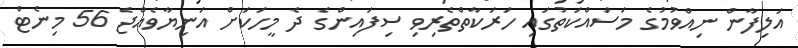
އަލިފާން ނިއްވުމުގެ މަސައްކަތުގައި ހަރަކާތްތެރިވި ސިފައިންގެ ދެ މީހަކަށް އަނިޔާވެއްޖެ 56 މިނެޓް